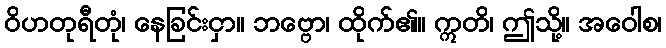
ဝိဟတုရီတုံ၊ နေခြင်းငှာ။ ဘဗ္ဗော၊ ထိုက်၏။ ဣတိ၊ ဤသို့။ အဝေါစ၊